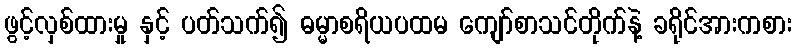
ဖွင့်လှစ်ထားမှု နှင့် ပတ်သက်၍ ဓမ္မာစရိယပထမ ကျော်စာသင်တိုက်နဲ့ ခရိုင်အားကစား